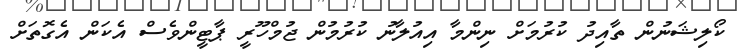
ކޯލިޝަނުން ތާއިދު ކުރުމަށް ނިންމާ އިއުލާނު ކުރުމުން ޖުމްހޫރީ ޕާޓީންވެސް އެކަން އެގޮތަށް